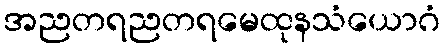
အညတရညတရမေထုနသံယောဂံ